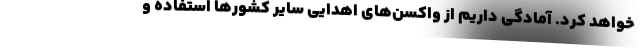
خواهد کرد. آمادگی داریم از واکسن‌های اهدایی سایر کشورها استفاده و